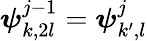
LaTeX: \boldsymbol{\psi}_{k,2l}^{j-1}=\boldsymbol{\psi}_{k^{\prime},l}^{j}